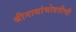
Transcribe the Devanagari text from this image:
श्रीनाथांभोवतीची